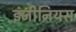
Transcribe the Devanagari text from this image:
इंजीनियस